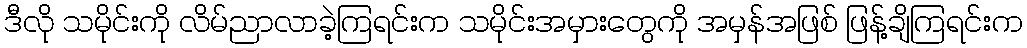
ဒီလို သမိုင်းကို လိမ်ညာလာခဲ့ကြရင်းက သမိုင်းအမှားတွေကို အမှန်အဖြစ် ဖြန့်ချိကြရင်းက